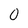
Character: 0